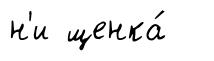
н'и щенка́